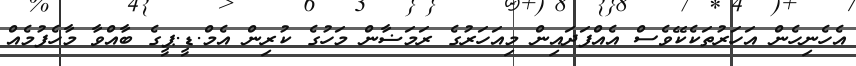
އެހެނިހެން އަހަރުތަކެކޭވެސް އެއްފަދައިން މިއަހަރުގެ ރަމަޟާން މަހުގެ ކުރިން އެމް.ޑީ.ޕީގެ ބާއްވާ މާހެފުމެއް